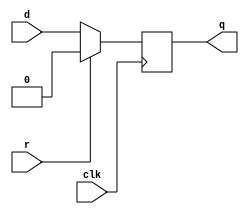
module top_module (
    input clk,
    input d, 
    input r,   // synchronous reset
    output q);
    always@(posedge clk)
        begin
            if(r==1'b1)
                q<=0;
            else
                q<=d;
        end
endmodule